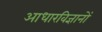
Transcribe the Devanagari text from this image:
आधारविज्ञानों